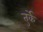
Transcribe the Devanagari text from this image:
तुर्के